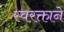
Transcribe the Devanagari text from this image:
स्‍वरक्ताने